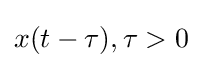
x(t-\tau ),\tau >0